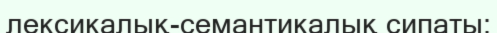
лексикалық-семантикалық сипаты;